Scottish Certificate of Education, 1963
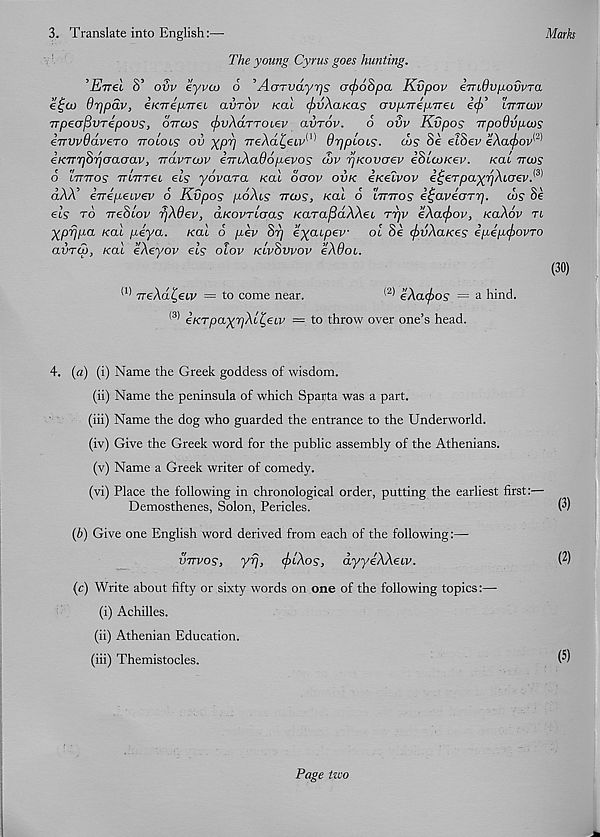
3. Translate into English:—
Marks
The young Cyrus goes hunting.
’Evel S’ ovv eyvcu o ’AaTvdyrjs arjroSpa Kvpov imdvpovvTa
e£co drjpav, eKTrep-ireL avTov real cfsvXaKas avpirepTrei ecf> lttttcov
TrpeofivTepovs, ottoos fivXdrToiev avrov.
o ovv Kvpos Trpodvpcos
iTTVvddveTo ttolols ov ^pT] TTeXoL^eiv^ Orjpiocs. cos 3e eiSev eXacfiov^
eKTT'pS'qoaaav, irdvrcov STuXadopevos cov rjKovoev ioLCOKev. kcu ttcos
O tTTTTOS* 7TL7TT€L €65* yOVaTCL KdL OGOV OVK €K€LVOV €i;€Tpa)(r)ALCr€V. y 1
dXX’ iirepetvev 6 Kvpos poXis ttcos, kcu 6 lttttos i^aveoTTj. cos Sc
els to rreSlov rjXdev, ctKovrloas KCLTafidXXei ttjv eXacfsov, koXov ti
■prjpa Kal peya. real o pev Sr] exoupev ol Se cfsvXaKes ipepcfiovro
avro), koll eXeyov els olov klvSvvov eXQoi.
(30)
TreXd^eiv = to come near.
(2 * eXacfios = a hind.
<s) eKTpax'rjXl^eLV — to throw over one’s head.
4. (a) (i) Name the Greek goddess of wisdom.
(ii) Name the peninsula of which Sparta was a part.
(iii) Name the dog who guarded the entrance to the Underworld.
(iv) Give the Greek word for the public assembly of the Athenians.
(v) Name a Greek writer of comedy.
(vi) Place the following in chronological order, putting the earliest first:—
Demosthenes, Solon, Pericles.
(3)
(b) Give one English word derived from each of the following:—
vttvos, yr], <f)lXos, dyyeXXeiv.
(2)
(c) Write about fifty or sixty words on one of the following topics:—
(i) Achilles.
(ii) Athenian Education.
(iii) Themistocles.